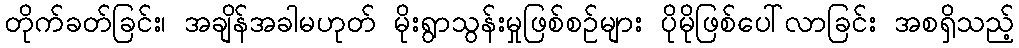
တိုက်ခတ်ခြင်း၊ အချိန်အခါမဟုတ် မိုးရွာသွန်းမှုဖြစ်စဉ်များ ပိုမိုဖြစ်ပေါ်လာခြင်း အစရှိသည့်